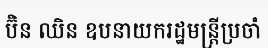
ប៊ិន ឈិន ឧបនាយករដ្ឋមន្ត្រីប្រចាំ